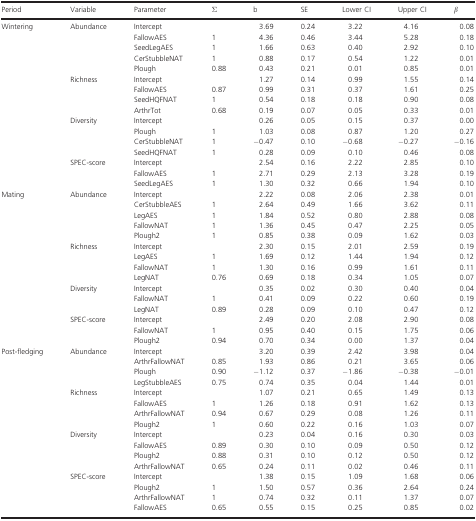
<table><thead><tr><td><b>Period</b></td><td><b>Variable</b></td><td><b>Parameter</b></td><td><b>Σ</b></td><td><b>b</b></td><td><b>SE</b></td><td><b>Lower CI</b></td><td><b>Upper CI</b></td><td><b><i>β</i></b></td></tr></thead><tbody><tr><td>Wintering</td><td>Abundance</td><td>Intercept</td><td></td><td>3.69</td><td>0.24</td><td>3.22</td><td>4.16</td><td>0.08</td></tr><tr><td></td><td></td><td>FallowAES</td><td>1</td><td>4.36</td><td>0.46</td><td>3.44</td><td>5.28</td><td>0.18</td></tr><tr><td></td><td></td><td>SeedLegAES</td><td>1</td><td>1.66</td><td>0.63</td><td>0.40</td><td>2.92</td><td>0.10</td></tr><tr><td></td><td></td><td>CerStubbleNAT</td><td>1</td><td>0.88</td><td>0.17</td><td>0.54</td><td>1.22</td><td>0.01</td></tr><tr><td></td><td></td><td>Plough</td><td>0.88</td><td>0.43</td><td>0.21</td><td>0.01</td><td>0.85</td><td>0.01</td></tr><tr><td></td><td>Richness</td><td>Intercept</td><td></td><td>1.27</td><td>0.14</td><td>0.99</td><td>1.55</td><td>0.14</td></tr><tr><td></td><td></td><td>FallowAES</td><td>0.87</td><td>0.99</td><td>0.31</td><td>0.37</td><td>1.61</td><td>0.25</td></tr><tr><td></td><td></td><td>SeedHQFNAT</td><td>1</td><td>0.54</td><td>0.18</td><td>0.18</td><td>0.90</td><td>0.08</td></tr><tr><td></td><td></td><td>ArthrTot</td><td>0.68</td><td>0.19</td><td>0.07</td><td>0.05</td><td>0.33</td><td>0.01</td></tr><tr><td></td><td>Diversity</td><td>Intercept</td><td></td><td>0.26</td><td>0.05</td><td>0.15</td><td>0.37</td><td>0.00</td></tr><tr><td></td><td></td><td>Plough</td><td>1</td><td>1.03</td><td>0.08</td><td>0.87</td><td>1.20</td><td>0.27</td></tr><tr><td></td><td></td><td>CerStubbleNAT</td><td>1</td><td>−0.47</td><td>0.10</td><td>−0.68</td><td>−0.27</td><td>−0.16</td></tr><tr><td></td><td></td><td>SeedHQFNAT</td><td>1</td><td>0.28</td><td>0.09</td><td>0.10</td><td>0.46</td><td>0.08</td></tr><tr><td></td><td>SPEC-score</td><td>Intercept</td><td></td><td>2.54</td><td>0.16</td><td>2.22</td><td>2.85</td><td>0.10</td></tr><tr><td></td><td></td><td>FallowAES</td><td>1</td><td>2.71</td><td>0.29</td><td>2.13</td><td>3.28</td><td>0.19</td></tr><tr><td></td><td></td><td>SeedLegAES</td><td>1</td><td>1.30</td><td>0.32</td><td>0.66</td><td>1.94</td><td>0.10</td></tr><tr><td>Mating</td><td>Abundance</td><td>Intercept</td><td></td><td>2.22</td><td>0.08</td><td>2.06</td><td>2.38</td><td>0.01</td></tr><tr><td></td><td></td><td>CerStubbleAES</td><td>1</td><td>2.64</td><td>0.49</td><td>1.66</td><td>3.62</td><td>0.11</td></tr><tr><td></td><td></td><td>LegAES</td><td>1</td><td>1.84</td><td>0.52</td><td>0.80</td><td>2.88</td><td>0.08</td></tr><tr><td></td><td></td><td>FallowNAT</td><td>1</td><td>1.36</td><td>0.45</td><td>0.47</td><td>2.25</td><td>0.05</td></tr><tr><td></td><td></td><td>Plough2</td><td>1</td><td>0.85</td><td>0.38</td><td>0.09</td><td>1.62</td><td>0.03</td></tr><tr><td></td><td>Richness</td><td>Intercept</td><td></td><td>2.30</td><td>0.15</td><td>2.01</td><td>2.59</td><td>0.19</td></tr><tr><td></td><td></td><td>LegAES</td><td>1</td><td>1.69</td><td>0.12</td><td>1.44</td><td>1.94</td><td>0.12</td></tr><tr><td></td><td></td><td>FallowNAT</td><td>1</td><td>1.30</td><td>0.16</td><td>0.99</td><td>1.61</td><td>0.11</td></tr><tr><td></td><td></td><td>LegNAT</td><td>0.76</td><td>0.69</td><td>0.18</td><td>0.34</td><td>1.05</td><td>0.07</td></tr><tr><td></td><td>Diversity</td><td>Intercept</td><td></td><td>0.35</td><td>0.02</td><td>0.30</td><td>0.40</td><td>0.04</td></tr><tr><td></td><td></td><td>FallowNAT</td><td>1</td><td>0.41</td><td>0.09</td><td>0.22</td><td>0.60</td><td>0.19</td></tr><tr><td></td><td></td><td>LegNAT</td><td>0.89</td><td>0.28</td><td>0.09</td><td>0.10</td><td>0.47</td><td>0.12</td></tr><tr><td></td><td>SPEC-score</td><td>Intercept</td><td></td><td>2.49</td><td>0.20</td><td>2.08</td><td>2.90</td><td>0.08</td></tr><tr><td></td><td></td><td>FallowNAT</td><td>1</td><td>0.95</td><td>0.40</td><td>0.15</td><td>1.75</td><td>0.06</td></tr><tr><td></td><td></td><td>Plough2</td><td>0.94</td><td>0.70</td><td>0.34</td><td>0.00</td><td>1.37</td><td>0.04</td></tr><tr><td>Post-fledging</td><td>Abundance</td><td>Intercept</td><td></td><td>3.20</td><td>0.39</td><td>2.42</td><td>3.98</td><td>0.04</td></tr><tr><td></td><td></td><td>ArthrFallowNAT</td><td>0.85</td><td>1.93</td><td>0.86</td><td>0.21</td><td>3.65</td><td>0.06</td></tr><tr><td></td><td></td><td>Plough</td><td>0.90</td><td>−1.12</td><td>0.37</td><td>−1.86</td><td>−0.38</td><td>−0.01</td></tr><tr><td></td><td></td><td>LegStubbleAES</td><td>0.75</td><td>0.74</td><td>0.35</td><td>0.04</td><td>1.44</td><td>0.01</td></tr><tr><td></td><td>Richness</td><td>Intercept</td><td></td><td>1.07</td><td>0.21</td><td>0.65</td><td>1.49</td><td>0.13</td></tr><tr><td></td><td></td><td>FallowAES</td><td>1</td><td>1.26</td><td>0.18</td><td>0.91</td><td>1.62</td><td>0.13</td></tr><tr><td></td><td></td><td>ArthrFallowNAT</td><td>0.94</td><td>0.67</td><td>0.29</td><td>0.08</td><td>1.26</td><td>0.11</td></tr><tr><td></td><td></td><td>Plough2</td><td>1</td><td>0.60</td><td>0.22</td><td>0.16</td><td>1.03</td><td>0.07</td></tr><tr><td></td><td>Diversity</td><td>Intercept</td><td></td><td>0.23</td><td>0.04</td><td>0.16</td><td>0.30</td><td>0.03</td></tr><tr><td></td><td></td><td>FallowAES</td><td>0.89</td><td>0.30</td><td>0.10</td><td>0.09</td><td>0.50</td><td>0.12</td></tr><tr><td></td><td></td><td>Plough2</td><td>0.88</td><td>0.31</td><td>0.10</td><td>0.12</td><td>0.50</td><td>0.12</td></tr><tr><td></td><td></td><td>ArthrFallowNAT</td><td>0.65</td><td>0.24</td><td>0.11</td><td>0.02</td><td>0.46</td><td>0.11</td></tr><tr><td></td><td>SPEC-score</td><td>Intercept</td><td></td><td>1.38</td><td>0.15</td><td>1.09</td><td>1.68</td><td>0.06</td></tr><tr><td></td><td></td><td>Plough2</td><td>1</td><td>1.50</td><td>0.57</td><td>0.36</td><td>2.64</td><td>0.24</td></tr><tr><td></td><td></td><td>ArthrFallowNAT</td><td>1</td><td>0.74</td><td>0.32</td><td>0.11</td><td>1.37</td><td>0.07</td></tr><tr><td></td><td></td><td>FallowAES</td><td>0.65</td><td>0.55</td><td>0.15</td><td>0.25</td><td>0.85</td><td>0.02</td></tr></tbody></table>